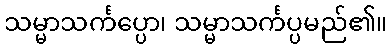
သမ္မာသင်္ကပ္ပော၊ သမ္မာသင်္ကပ္ပမည်၏။